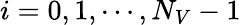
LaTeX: i=0,1,\cdots,N_{V}-1